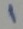
Text: 1